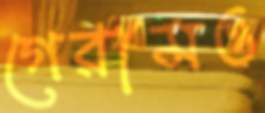
গেরামও